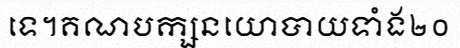
ទេ។គណបក្សនយោបាយទាំង២០